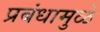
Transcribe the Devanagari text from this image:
प्रबंधामुळे